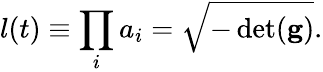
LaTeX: l(t)\equiv\prod_{i}a_{i}=\sqrt{-\operatorname*{det}(\mathbf{g})}.